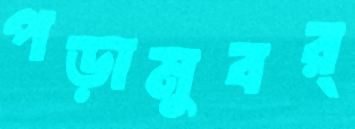
পড়ামুবর্